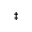
^ \ddagger